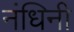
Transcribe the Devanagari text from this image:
नंधिनी